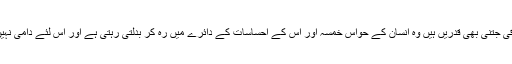
باقی جتنی بھی قدریں ہیں وہ انسان کے حواس خمسہ اور اس کے احساسات کے دائرے میں رہ کر بدلتی رہتی ہے اور اس لئے دامی نہیں۔